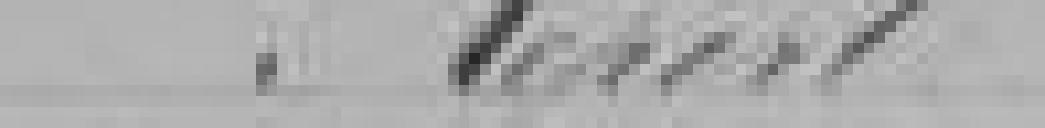
Report